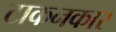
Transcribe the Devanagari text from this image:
टाकनकार